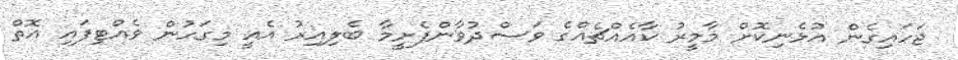
ޖަހައިގެން އުޅެނިކޮށް މާމީރު ކާއެއްޗެއްގެ ވަސްދުވާންފެށީމާ ބެލިއިރު އެއީ މިގަހުން ވެއްޓިފައި އޮތް